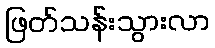
ဖြတ်သန်းသွားလာ